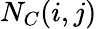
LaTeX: N_{C}(i,j)